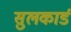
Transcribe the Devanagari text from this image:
सुलकार्ड